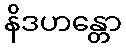
နိဒဟန္တော